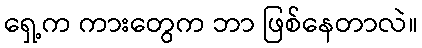
ရှေ့က ကားတွေက ဘာ ဖြစ်နေတာလဲ။